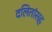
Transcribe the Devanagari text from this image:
दलितांसह